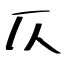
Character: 仄